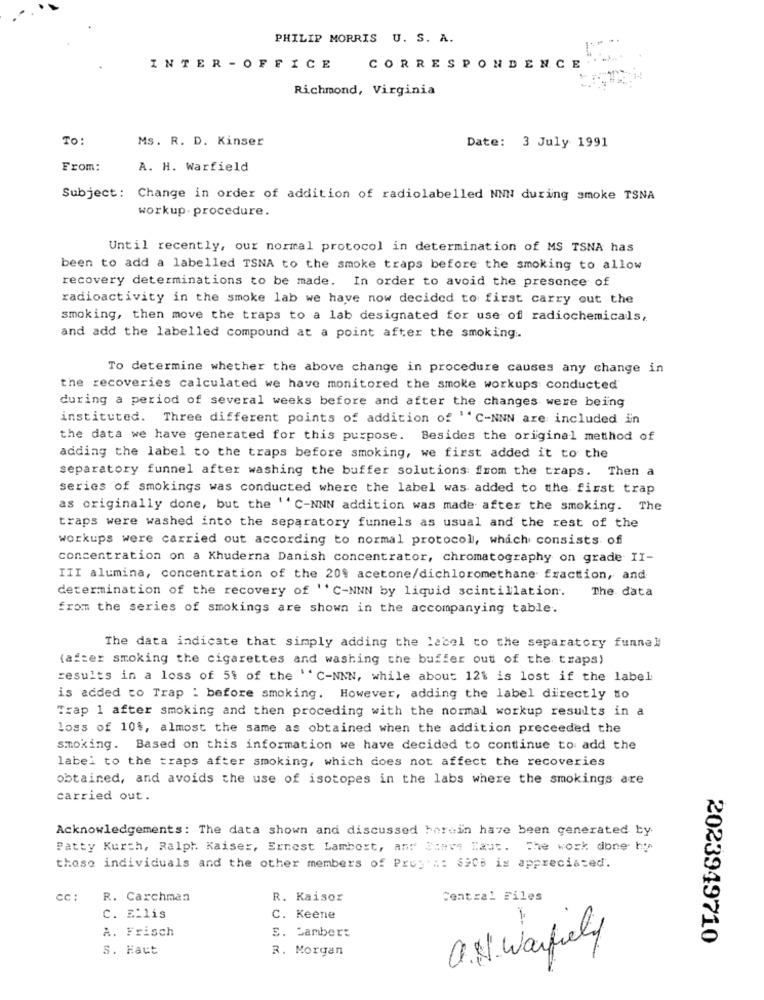
PHILIP MORRIS U. S. A.
INTER - OFFICE
CORRESPONDENCE
Richmond, Virginia
TO:
Ms. R. D. Kinser
Date: 3 July 1991
From:
A. H. Warfield
Subject: Change in order of addition of radiolabelled NNN during smoke TSNA
workup. procedure.
Until recently, our normal protocol in determination of MS TSNA has
been to add a labelled TSNA to the smoke traps before the smoking to allow
recovery determinations to be made. In order to avoid the presence of
radioactivity in the smoke lab we have now decided to first carry out the
smoking, then move the traps to a lab designated for use of radiochemicals,
and add the labelled compound at a point after the smoking :.
To determine whether the above change in procedure causes any change in
the recoveries calculated we have monitored the smoke workups conducted
during a period of several weeks before and after the changes were being
instituted. Three different points of addition of ''C-NNN are included in
the data we have generated for this purpose. Besides the original method of
adding the label to the traps before smoking, we first added it to the
separatory funnel after washing the buffer solutions from the traps. Then a
series of smokings was conducted where the label was added to the first trap
as originally done, but the ''C-NNN addition was made after the smoking. The
traps were washed into the separatory funnels as usual and the rest of the
workups were carried out according to normal protocol, which consists of
concentration on a Khuderna Danish concentrator, chromatography on grade II-
III alumina, concentration of the 20% acetone/dichloromethane fraction, and
determination of the recovery of ''C-NNN by liquid scintillation.
The data
from the series of smokings are shown in the accompanying table.
The data indicate that simply adding the label to the separatory funnell
(after smoking the cigarettes and washing the buffer out of the traps)
results in a loss of 5% of the ''C-NNN, while about 12% is lost if the label
is added to Trap : before smoking. However, adding the label directly to
Trap 1 after smoking and then proceding with the normal workup results in a
loss of 10$, almost the same as obtained when the addition preceeded the
smoking. Based on this information we have decided to continue to add the
label to the traps after smoking, which does not affect the recoveries
obtained, and avoids the use of isotopes in the labs where the smokings are
carried out.
Acknowledgements: The data shown and discussed herein have been generated by
Patty Kurth, Ralph. Kaiser, Ernest Lambert, and Steve Haut. The work done hy
these individuals and the other members of Prop's: $908 is appreciated.
cc :
R. Carchman
R. Kaisor
Central Files
C. ELlis
C. Keene
A. Frisch
5. Lambert
2023949710
S. Faut
R. Morgan
a.V. Warfrely